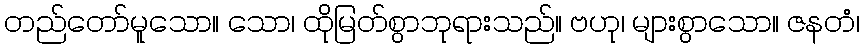
တည်တော်မူသော။ သော၊ ထိုမြတ်စွာဘုရားသည်။ ဗဟု၊ များစွာသော။ ဇနတံ၊